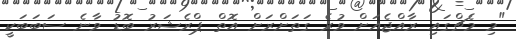
"މި މެޗްގައި ރާއްޖެއަށް ވުރެ ގަތަށްރަށް އޮތް ޕްރެޝަރު ބޮޑު ވާނެ ސަބަބަކީ